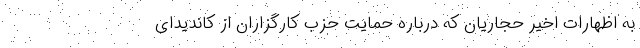
به اظهارات اخیر حجاریان که درباره حمایت حزب کارگزاران از کاندیدای